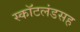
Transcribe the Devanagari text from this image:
स्कॉटलंडसह